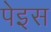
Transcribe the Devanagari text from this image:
पेइस